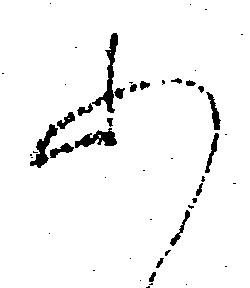
あ